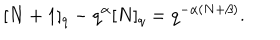
[ N + 1 ] _ { q } - q ^ { \alpha } [ N ] _ { q } = q ^ { - \alpha ( N + \beta ) } .